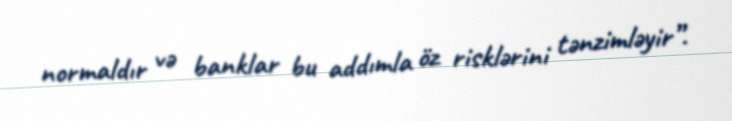
normaldır və banklar bu addımla öz risklərini tənzimləyir”.